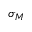
\sigma _ { M }